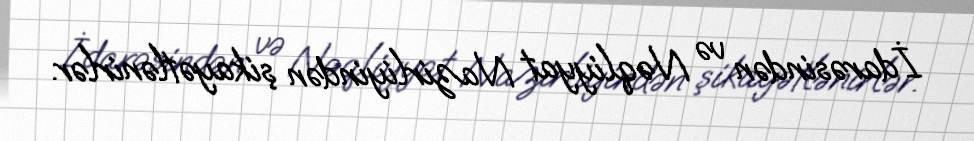
İdarəsindən və Nəqliyyat Nazirliyindən şikayətlənirlər.